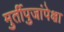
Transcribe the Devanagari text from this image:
मुर्तीपुजांपेक्षा